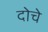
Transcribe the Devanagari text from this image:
दोचे